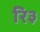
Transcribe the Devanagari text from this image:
रि३